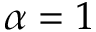
\alpha = 1